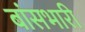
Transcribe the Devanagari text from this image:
बांसभारी